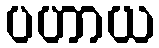
ပဟာယ